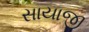
સાયાજી